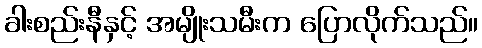
ခါးစည်းနီနှင့် အမျိုးသမီးက ပြောလိုက်သည်။